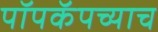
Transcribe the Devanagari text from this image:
पॉपकॅपच्याच